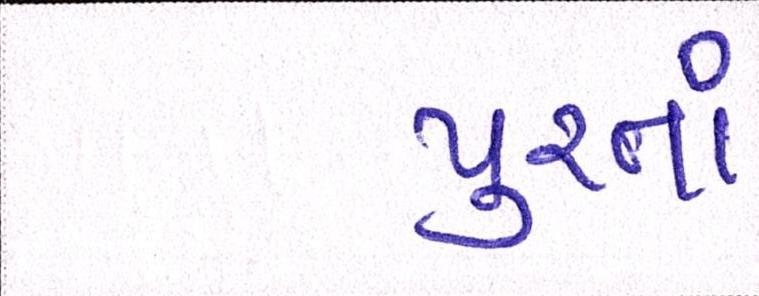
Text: પુરતાં